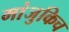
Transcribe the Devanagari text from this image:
मांजुकिच